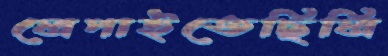
লেপাইতেছিলি